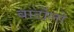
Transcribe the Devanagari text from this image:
बार्टोलो